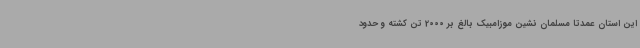
این استان عمدتا مسلمان نشین موزامبیک بالغ بر 2000 تن کشته و حدود